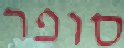
סופר